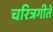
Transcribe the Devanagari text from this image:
चरित्रगीते